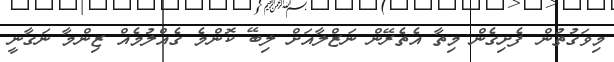
މިވަގުތުން ފެށިގެން މިތާ އެތެރޭން ނަޒްލާއަށް ލިބޭ ކޮންމެ ގެއްލުމެއް ޒިންމާ ނަގާނީ